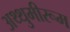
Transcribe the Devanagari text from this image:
अथ्थुमीरूम